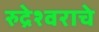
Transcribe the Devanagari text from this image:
रुद्रेश्वराचे